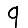
Digit: 9